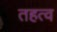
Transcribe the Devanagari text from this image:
तहत्व